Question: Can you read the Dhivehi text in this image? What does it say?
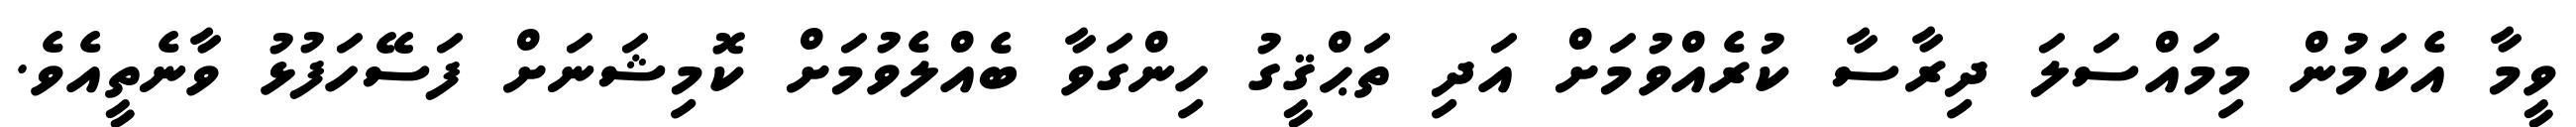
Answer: ވީމާ އެކަމުން މިމައްސަލަ ދިރާސާ ކުރެއްވުމަށް އަދި ތަޙްޤީގު ހިންގަވާ ބެއްލެވުމަށް ކޮމިޝަނަށް ފަސޭހަފުޅު ވާނެތީއެވެ.